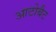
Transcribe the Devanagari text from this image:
आटोबैट